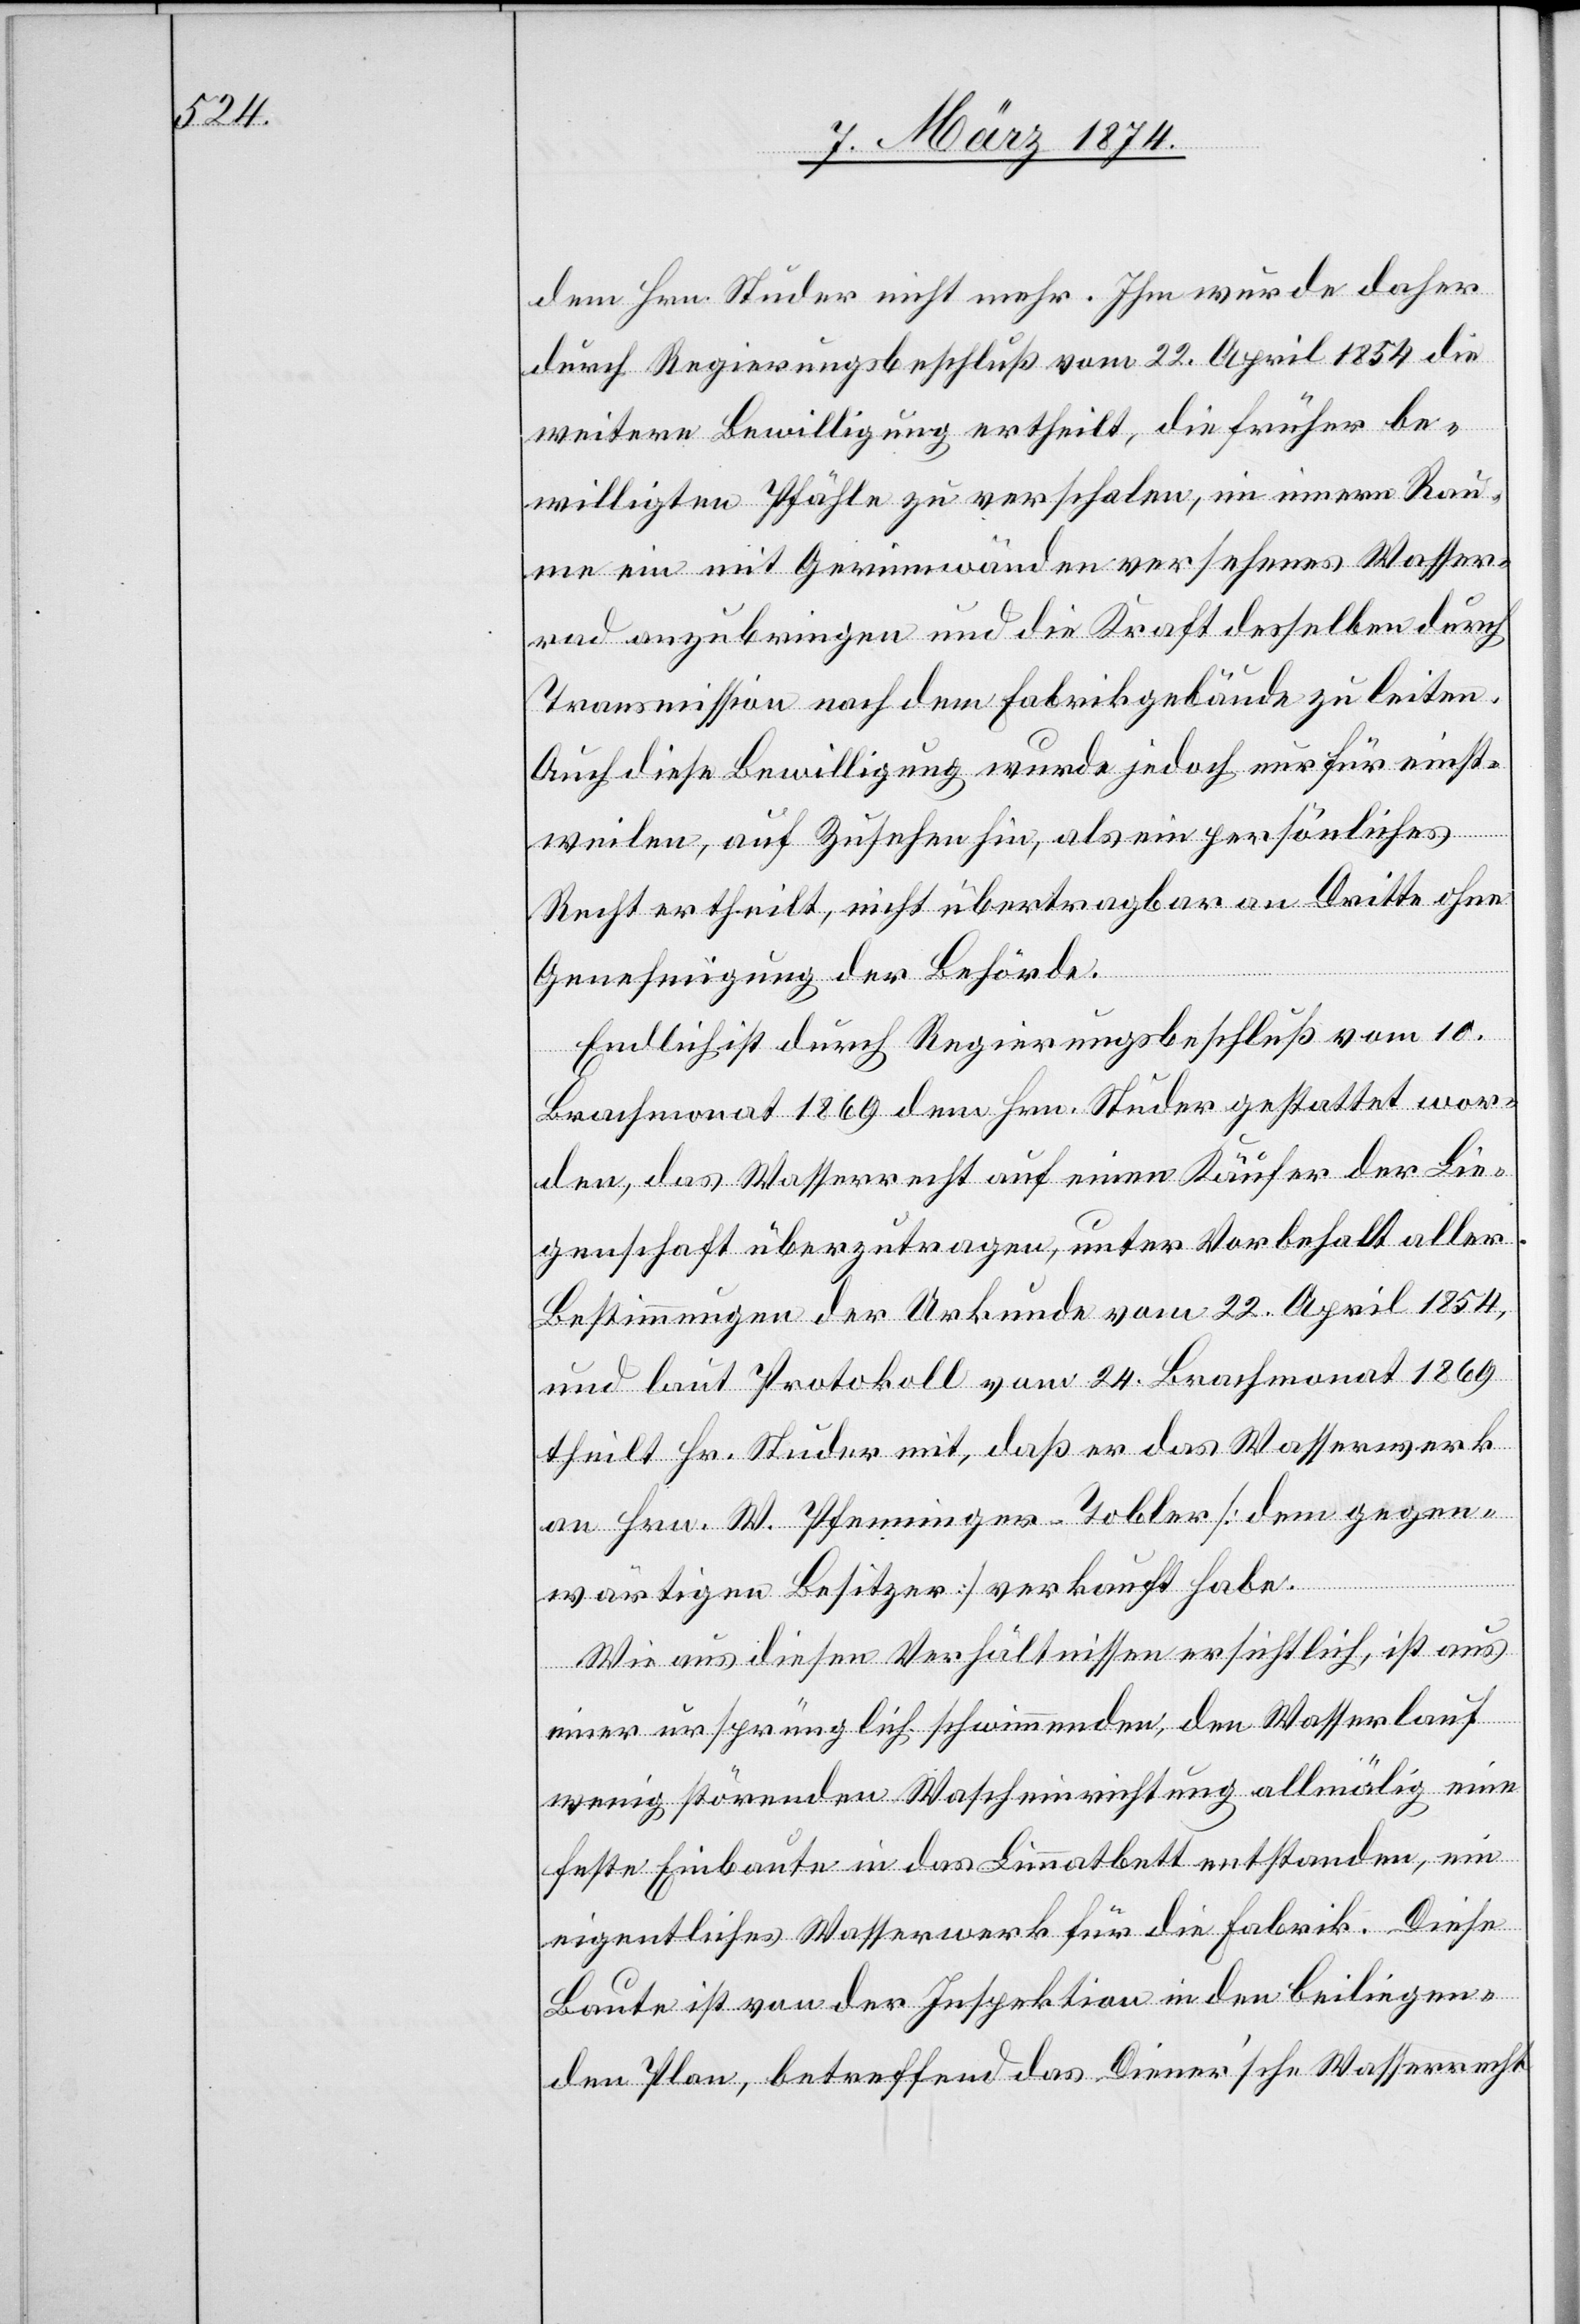
dem Hrn. Studer nicht mehr. Ihm wurde daher
durch Regierungsbeschluß vom 22. April 1854 die
weitere Bewilligung ertheilt, die früher be¬
willigten Pfähle zu verschalen, im innern Ran¬
de ein mit Gerinnwänden versehenes Wasser¬
rad anzubringen und die Kraft desselben durch
Transmission nach dem Fabrikgebäude zu leiten.
Auch diese Bewilligung wurde jedoch nur für einst¬
weilen, auf Zusehen hin, als ein persönliches
Recht ertheilt, nicht übertragbar an Dritte ohne
Genehmigung der Behörde.
Endlich ist durch Regierungsbeschluß vom 10.
Brachmonat 1869 dem Hrn. Studer gestattet wor¬
den, das Wasserrecht auf einen Käufer der Lie¬
genschaft überzutragen, unter Vorbehalt aller
Bestimmungen der Urkunde vom 22. April 1854,
und laut Protokoll vom 24. Brachmonat 1869
theilt Hr. Studer mit, daß er das Wasserwerk
an Hrn. W. Pfenninger-Tobler [dem gegen¬
wärtigen Besitzer] verkauft habe.
Wie aus diesen Verhältnissen ersichtlich, ist aus
einer ursprünglich schwimmenden, den Wasserlauf
wenig störenden Wascheinrichtung allmälig eine
feste Einbaute in das Limmatbett entstanden, ein
eigentliches Wasserwerk für die Fabrik. Diese
Baute ist von der Inspektion in den beiliegen¬
den Plan, betreffend das Diener’sche Wasserrecht